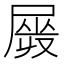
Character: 𡲯